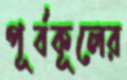
পূর্বকূলের